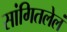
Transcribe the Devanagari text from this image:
सांगितलेलं